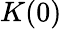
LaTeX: K(0)